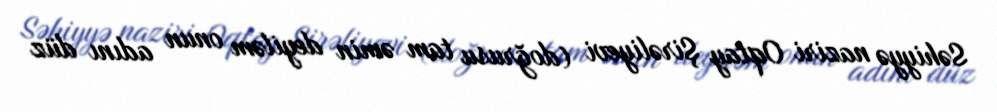
Səhiyyə naziri Oqtay Şirəliyevi (doğrusu tam əmin deyiləm onun adını düz